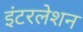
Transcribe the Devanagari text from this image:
इंटरलेशन